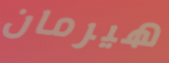
هيرمان